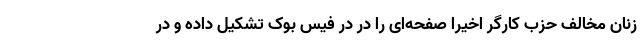
زنان مخالف حزب کارگر اخیرا صفحه‌ای را در در فیس بوک تشکیل داده و در